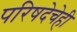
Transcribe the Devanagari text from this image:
परिषदेचेही